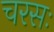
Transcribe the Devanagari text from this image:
चरसः